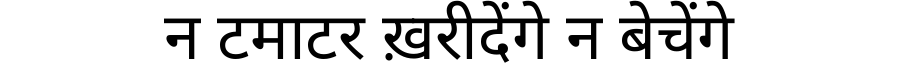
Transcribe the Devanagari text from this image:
न टमाटर ख़रीदेंगे न बेचेंगे